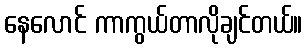
နေလောင် ကာကွယ်တာလိုချင်တယ်။